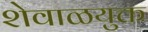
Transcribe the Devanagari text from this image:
शेवाळयुक्त